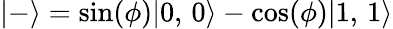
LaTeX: |-\rangle=\sin(\phi)|0,\, 0\rangle-\cos(\phi)|1,\, 1\rangle